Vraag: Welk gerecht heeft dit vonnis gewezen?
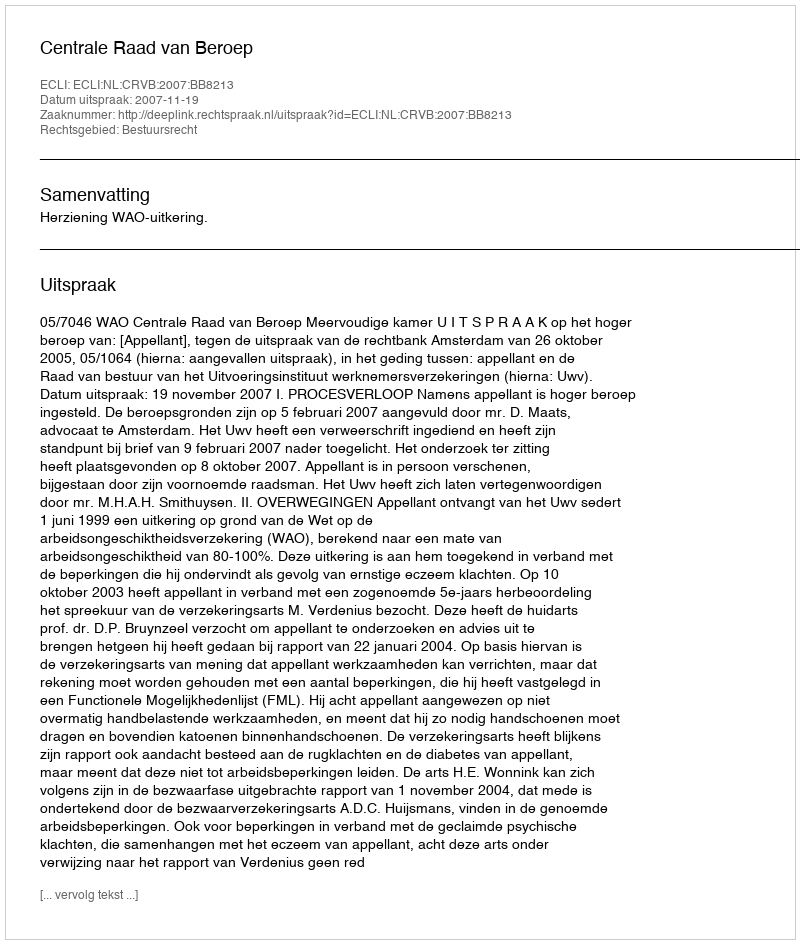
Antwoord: Centrale Raad van Beroep